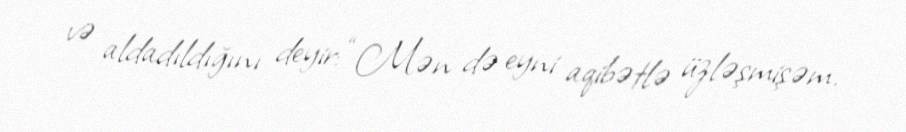
və aldadıldığını deyir: “Mən də eyni aqibətlə üzləşmişəm.